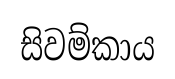
සිවම්කාය